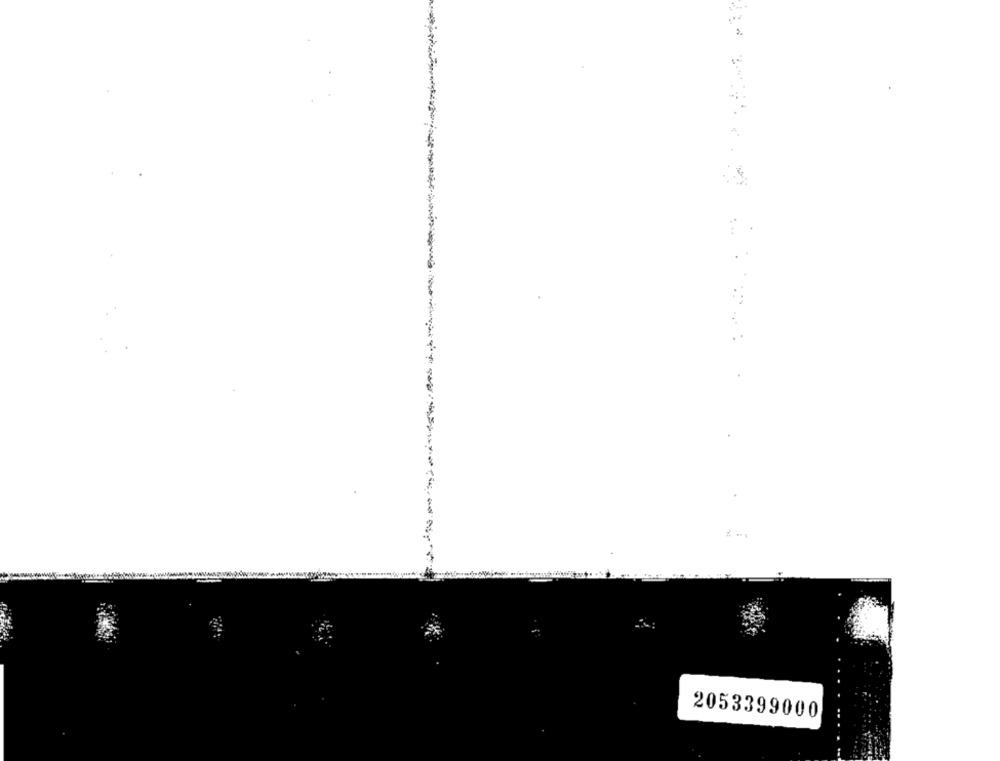
2053399000